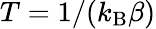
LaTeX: T=1/(k_{\mathrm{B}}\beta)